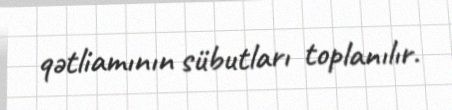
qətliamının sübutları toplanılır.